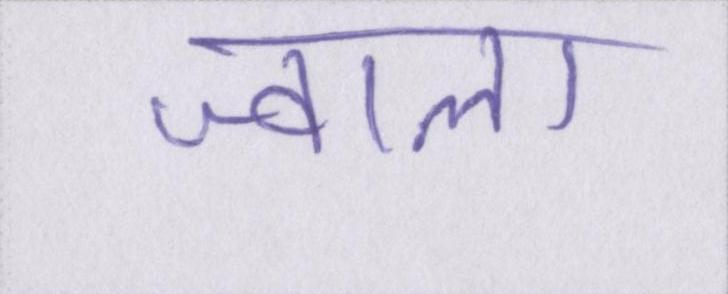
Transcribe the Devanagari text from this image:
ज्वाला